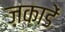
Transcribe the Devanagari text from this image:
जकाडें